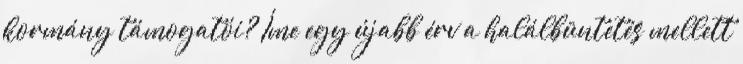
kormány támogatói? Íme egy újabb érv a halálbüntetés mellett